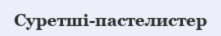
Суретші-пастелистер